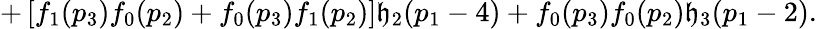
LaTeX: +\left[f_{1}(p_{3})f_{0}(p_{2})+f_{0}(p_{3})f_{1}(p_{2})\right]\mathfrak{h}_{2}(p_{1}-4)+f_{0}(p_{3})f_{0}(p_{2})\mathfrak{h}_{3}(p_{1}-2).